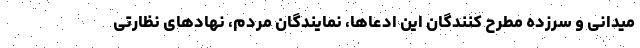
میدانی و سرزده مطرح کنندگان این ادعاها، نمایندگان مردم، نهادهای نظارتی